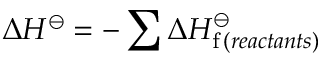
\Delta H ^ { \ominus } = - \sum \Delta H _ { \mathrm { f } \, ( r e a c t a n t s ) } ^ { \ominus }